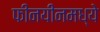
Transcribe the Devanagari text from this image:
फीनयीनमध्ये